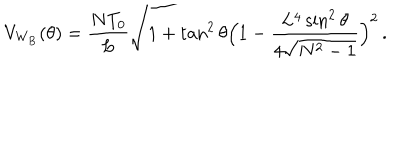
LaTeX: V _ { \mathrm { W _ { B } } } ( \theta ) = \frac { N T _ { 0 } } { L } \sqrt { 1 + \tan ^ { 2 } { \theta } \Bigl ( 1 - \frac { L ^ { 4 } \sin ^ { 2 } { \theta } } { 4 \sqrt { N ^ { 2 } - 1 } } \Bigr ) ^ { 2 } } \, .